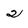
Character: 2